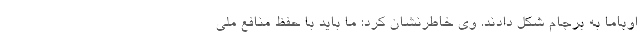
اوباما به برجام شکل دادند. وی خاطرنشان کرد: ما باید با حفظ منافع ملی